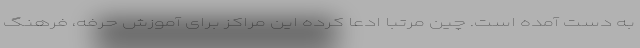
به دست آمده است. چین مرتبا ادعا کرده این مراکز برای آموزش حرفه، فرهنگ